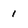
Character: 1